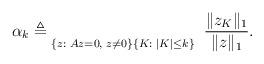
LaTeX: \begin{align*} \alpha_k \triangleq \underset{\{z:\; Az=0,\;z\neq 0\}}{} \underset{{\{K:\; |K|\leq k\}}}{} \;\;\frac{\|z_K \|_{1}}{\|z\|_{1}}.\end{align*}